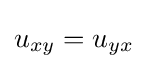
u_{xy}=u_{yx}